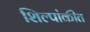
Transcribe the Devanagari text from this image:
शिल्पांकीत